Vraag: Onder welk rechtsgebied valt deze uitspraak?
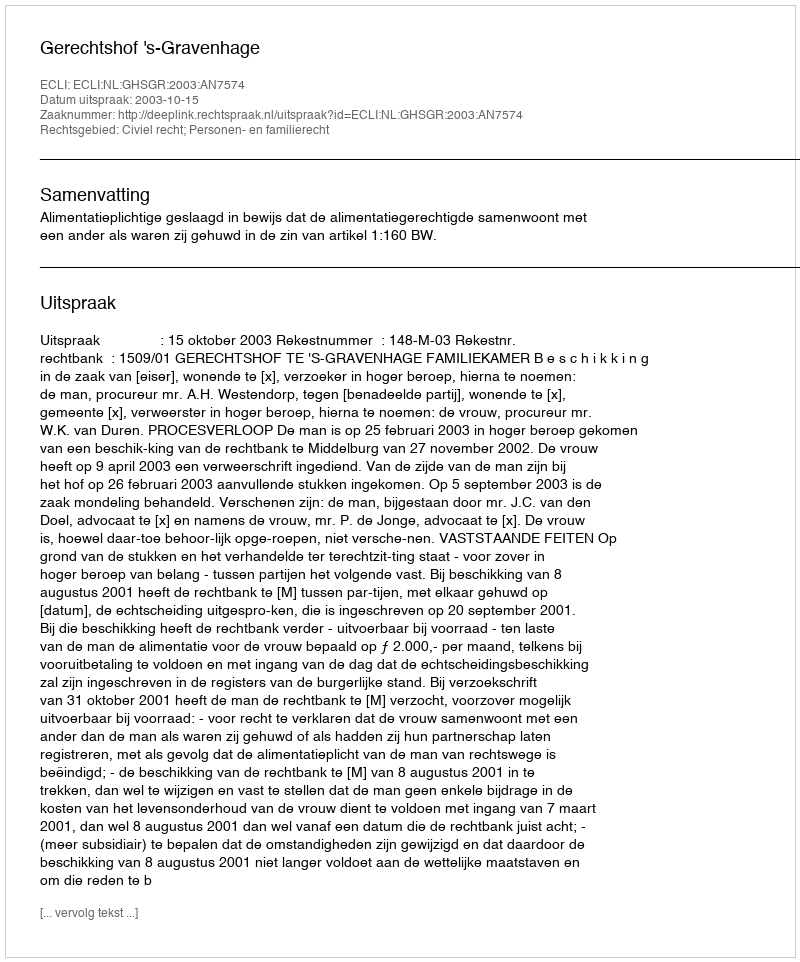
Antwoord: Civiel recht; Personen- en familierecht